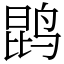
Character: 鹍